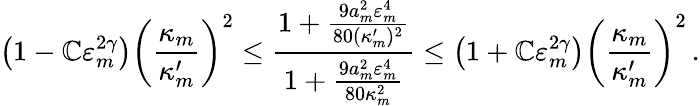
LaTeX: \bigl(1-\mathbb{C}\varepsilon_{m}^{2\gamma}\bigr)\biggl(\frac{{\kappa_{m}}}{{\kappa_{m}^{\prime}}}\biggr)^{2}\leq\frac{{1+\frac{{9a_{m}^{2}\varepsilon_{m}^{4}}}{{80(\kappa_{m}^{\prime})^{2}}}}}{{1+\frac{{9a_{m}^{2}\varepsilon_{m}^{4}}}{{80\kappa_{m}^{2}}}}}\leq\bigl(1+\mathbb{C}\varepsilon_{m}^{2\gamma}\bigr)\biggl(\frac{{\kappa_{m}}}{{\kappa_{m}^{\prime}}}\biggr)^{2}\, .